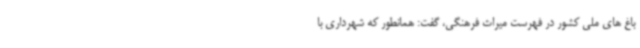
باغ های ملی کشور در فهرست میراث فرهنگی، گفت: همانطور که شهرداری با